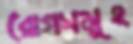
রোগসমূহ